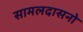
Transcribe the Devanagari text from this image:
सामलदासनो